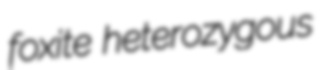
foxite heterozygous